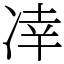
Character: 㓑